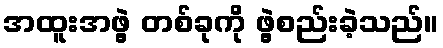
အထူးအဖွဲ့ တစ်ခုကို ဖွဲ့စည်းခဲ့သည်။